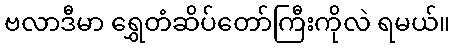
ဗလာဒီမာ ရွှေတံဆိပ်တော်ကြီးကိုလဲ ရမယ်။